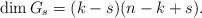
LaTeX: \begin{align*} \dim G_s = (k-s)(n-k+s). \end{align*}